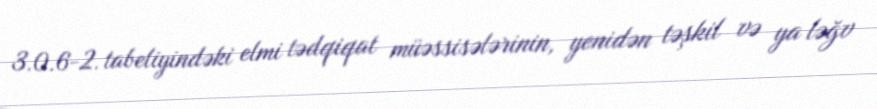
3.0.6-2. tabeliyindəki elmi tədqiqat müəssisələrinin, yenidən təşkil və ya ləğv